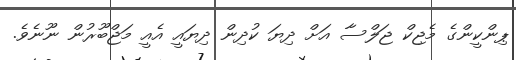
ޕިންކީންގެ މެޖިކް ޖަލްސާ އަށް ދިޔަ ކުދިން ދިޔައީ އެއީ މަޖްބޫރުން ނޫނެވެ.